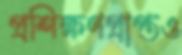
প্রশিক্ষণপ্রাপ্তও